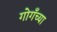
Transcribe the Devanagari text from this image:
गोगँच्या